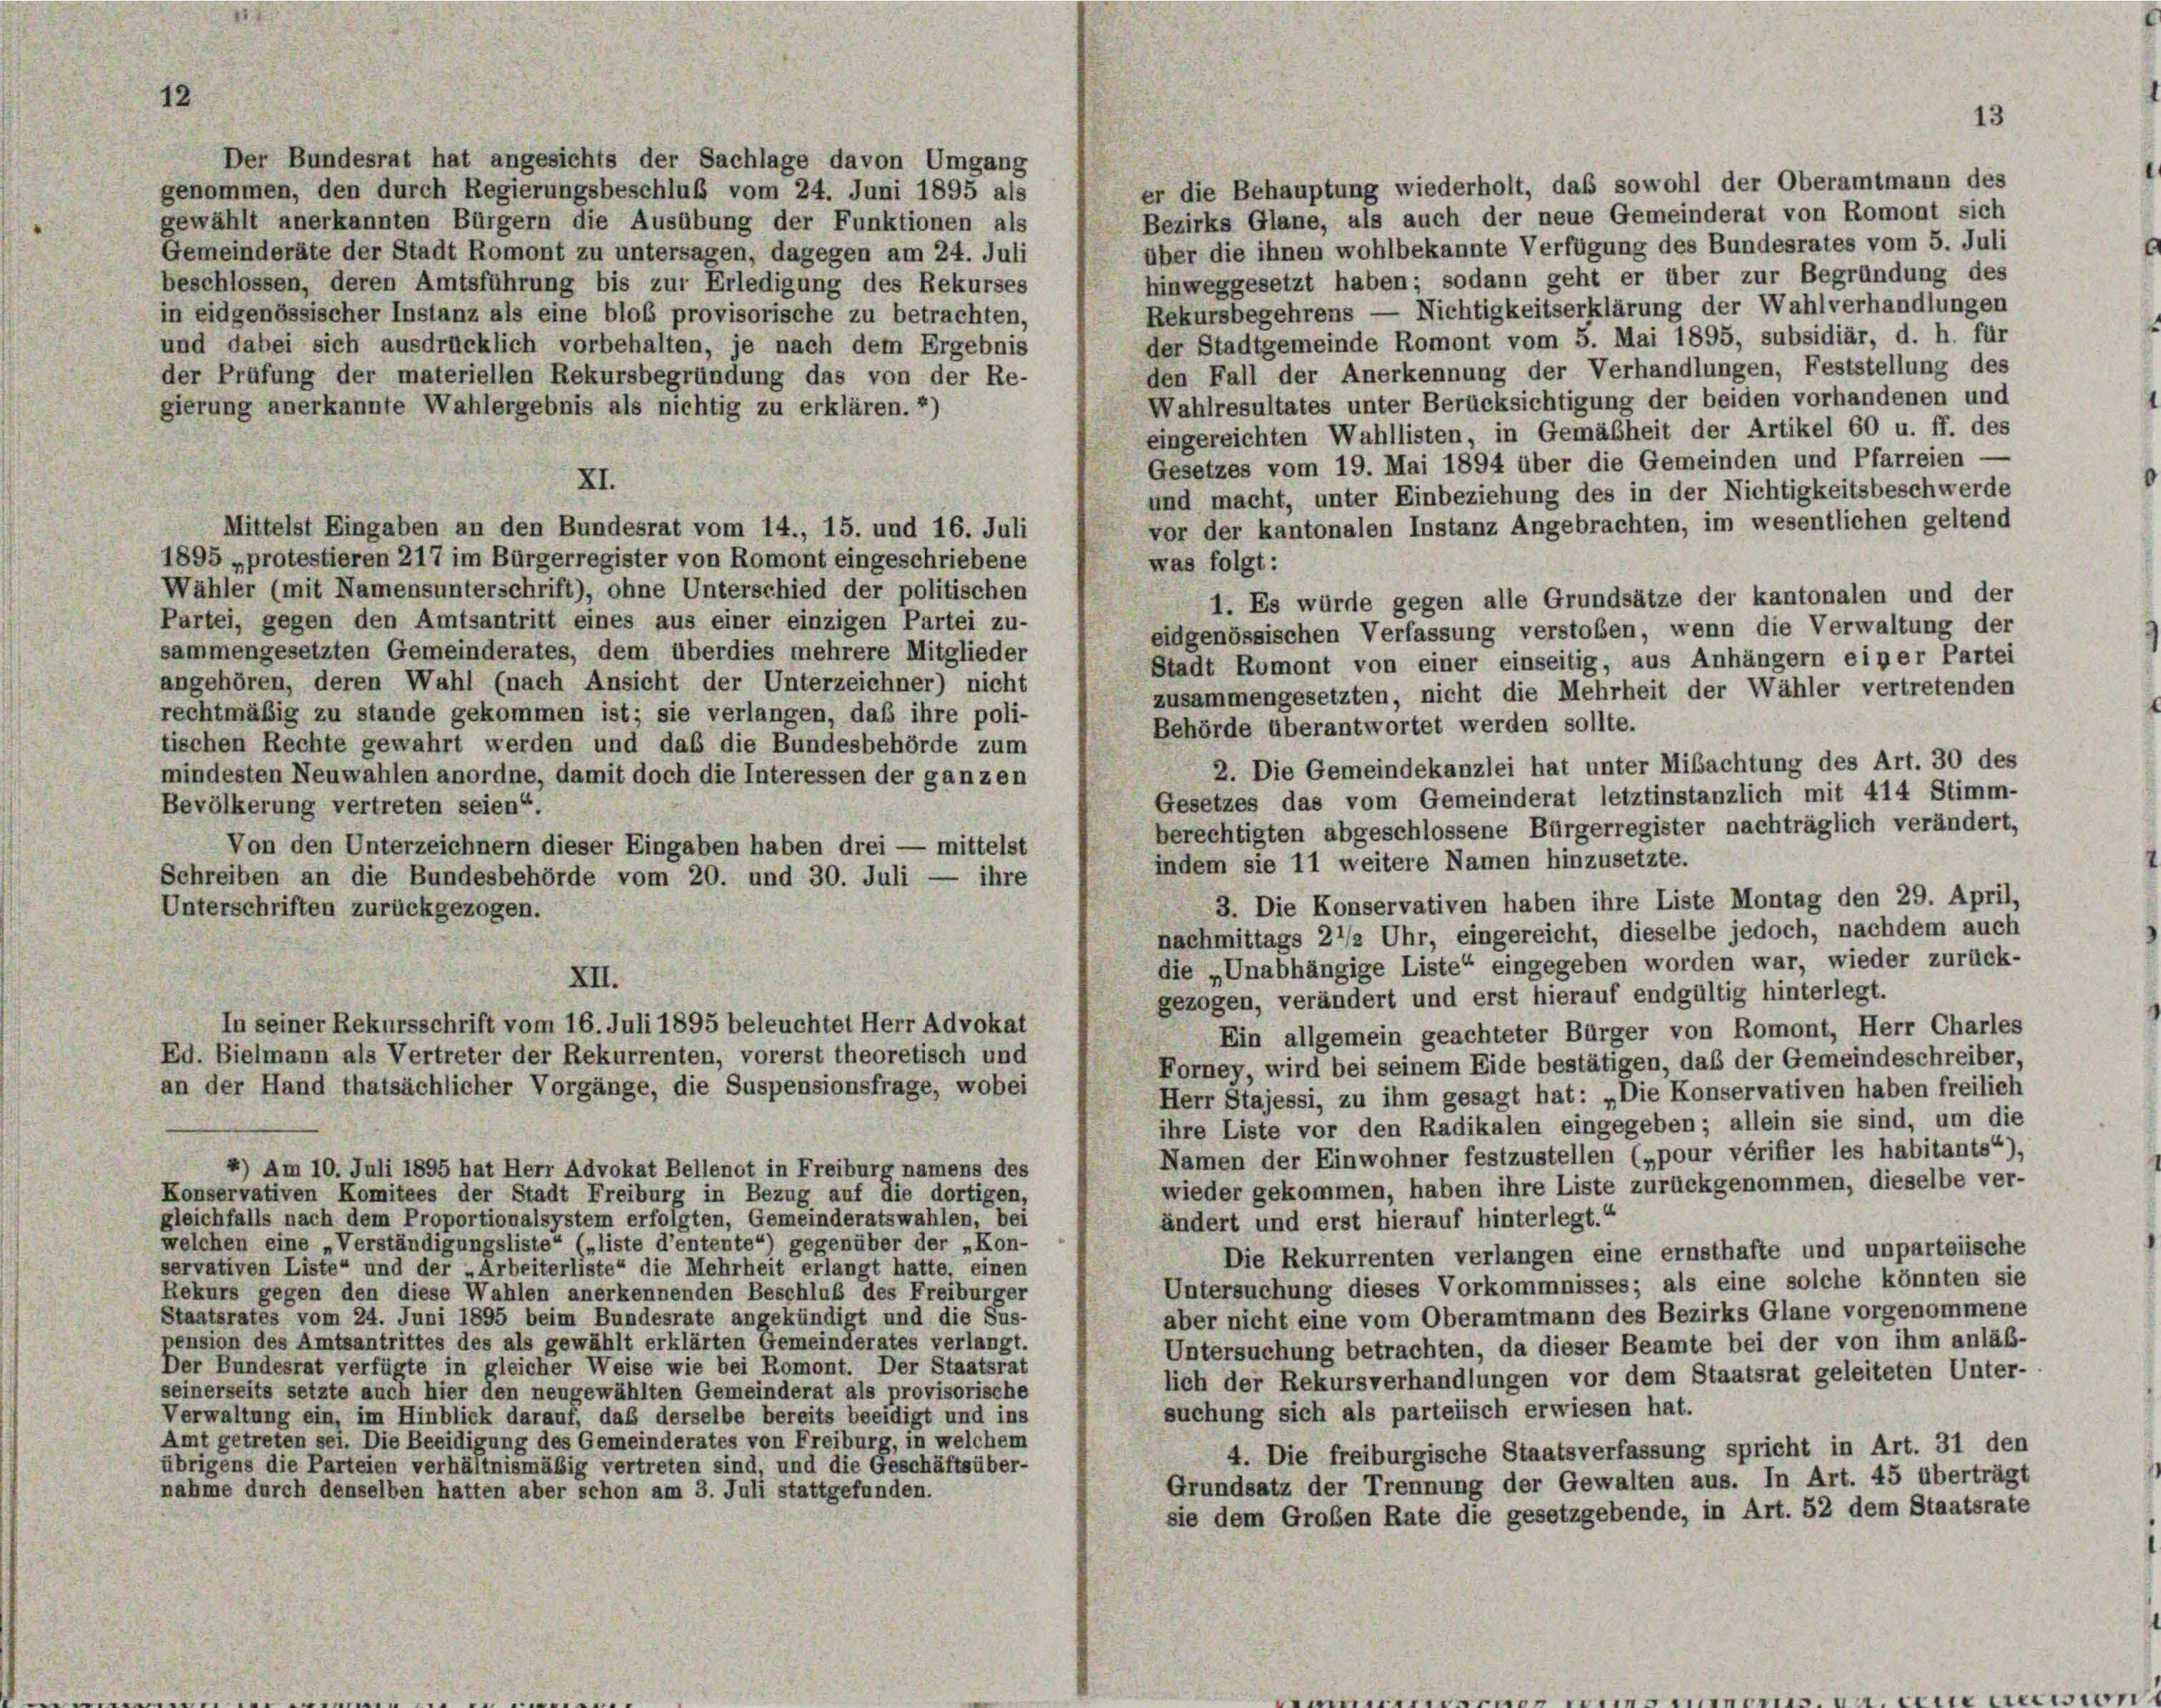
12

Der Bundesrat hat angesichts der Sachlage davon Umgang
er die Behauptung wiederholt, daß sowohl der Oberamtmann des
genommen, den durch Regierungsbeschluß vom 24. Juni 1895 als
Bezirks Glane, als auch der neue Gemeinderat von Romont sich
gewählt anerkannten Bürgern die Ausübung der Funktionen als
über die ihnen wohlbekannte Verfügung des Bundesrates vom 5. Juli
Gemeinderäte der Stadt Romont zu untersagen, dagegen am 24. Juli
hinweggesetzt haben; sodann geht er über zur Begründung des
beschlossen, deren Amtsführung bis zur Erledigung des Rekurses
Rekursbegehrens — Nichtigkeitserklärung der Wahlverhandlungen
in eidgenössischer Instanz als eine bloß provisorische zu betrachten,
der Stadtgemeinde Romont vom 5. Mai 1895, subsidiär, d. h. für
und dabei sich ausdrücklich vorbehalten, je nach dem Ergebnis
den Fall der Anerkennung der Verhandlungen, Feststellung des
der Prüfung der materiellen Rekursbegründung das von der Re-
Wahlresultates unter Berücksichtigung der beiden vorhandenen und
gierung anerkannte Wahlergebnis als nichtig zu erklären. *)
eingereichten Wahllisten, in Gemäßheit der Artikel 60 u. ff. des
Gesetzes vom 19. Mai 1894 über die Gemeinden und Pfarreien —
XI.
und macht, unter Einbeziehung des in der Nichtigkeitsbeschwerde
vor der kantonalen Instanz Angebrachten, im wesentlichen geltend
Mittelst Eingaben an den Bundesrat vom 14., 15. und 16. Juli
1895 „protestieren 217 im Bürgerregister von Romont eingeschriebene
was folgt:
Wähler (mit Namensunterschrift), ohne Unterschied der politischen
1. Es würde gegen alle Grundsätze der kantonalen und der
Partei, gegen den Amtsantritt eines aus einer einzigen Partei zu-
eidgenössischen Verfassung verstoßen, wenn die Verwaltung der
sammengesetzten Gemeinderates, dem überdies mehrere Mitglieder
Stadt Romont von einer einseitig, aus Anhängern einer Partei
angehören, deren Wahl (nach Ansicht der Unterzeichner) nicht
zusammengesetzten, nicht die Mehrheit der Wähler vertretenden
rechtmäßig zu stande gekommen ist; sie verlangen, daß ihre poli-
Behörde überantwortet werden sollte.
tischen Rechte gewahrt werden und daß die Bundesbehörde zum
2. Die Gemeindekanzlei hat unter Mibachtung des Art. 30 des
mindesten Neuwahlen anordne, damit doch die Interessen der ganzen
Gesetzes das vom Gemeinderat letztinstanzlich mit 414 Stimm-
Bevölkerung vertreten seien“.
berechtigten abgeschlossene Bürgerregister nachträglich verändert,
Von den Unterzeichnern dieser Eingaben haben drei — mittelst
indem sie 11 weitere Namen hinzusetzte.
Schreiben an die Bundesbehörde vom 20. und 30. Juli — ihre
3. Die Konservativen haben ihre Liste Montag den 29. April,
Unterschriften zurückgezogen.
nachmittags 2 1/2 Uhr, eingereicht, dieselbe jedoch, nachdem auch
die „Unabhängige Liste“ eingegeben worden war, wieder zurück-
XII.
gezogen, verändert und erst hierauf endgültig hinterlegt.
In seiner Rekursschrift vom 16. Juli 1895 beleuchtet Herr Advokat
Ein allgemein geachteter Bürger von Romont, Herr Charles
Ed. Bielmann als Vertreter der Rekurrenten, vorerst theoretisch und
Forney, wird bei seinem Eide bestätigen, daß der Gemeindeschreiber
an der Hand thatsächlicher Vorgänge, die Suspensionsfrage, wobei
Herr Stajessi, zu ihm gesagt hat: „Die Konservativen haben freilich
ihre Liste vor den Radikalen eingegeben; allein sie sind, um die
Namen der Einwohner festzustellen („pour vérifier les habitants“),
4) Am 10. Juli 1895 hat Herr Advokat Bellenot in Freiburg namens des
wieder gekommen, haben ihre Liste zurückgenommen, dieselbe ver-
Konservativen Komitees der Stadt Freiburg in Bezug auf die dortigen,
gleichfalls nach dem Proportionalsystem erfolgten, Gemeinderatswahlen, bei
ändert und erst hierauf hinterlegt.“
welchen eine „Verständigungsliste“ („liste d’entente“) gegenüber der „Kon-
Die Rekurrenten verlangen eine ernsthafte und unparteiische
servativen Liste“ und der „Arbeiterliste“ die Mehrheit erlangt hatte, einen
Untersuchung dieses Vorkommnisses; als eine solche könnten sie
Rekurs gegen den diese Wahlen anerkennenden Beschluß des Freiburger
aber nicht eine vom Oberamtmann des Bezirks Glane vorgenommen,
Staatsrates vom 24. Juni 1895 beim Bundesrate angekündigt und die Sus-
pension des Amtsantrittes des als gewählt erklärten Gemeinderates verlangt.
Untersuchung betrachten, da dieser Beamte bei der von ihm anläß
Der Bundesrat verfügte in gleicher Weise wie bei Romont. Der Staatsrat
lich der Rekursverhandlungen vor dem Staatsrat geleiteten Unter-
seinerseits setzte auch hier den neugewählten Gemeinderat als provisorische
suchung sich als parteiisch erwiesen hat.
Verwaltung ein, im Hinblick darauf, daß derselbe bereits beeidigt und ins
Amt getreten sei. Die Beeidigung des Gemeinderates von Freiburg, in welchem
4. Die freiburgische Staatsverfassung spricht in Art. 31 der
übrigens die Parteien verhältnismäßig vertreten sind, und die Geschäftsüber-
Grundsatz der Trennung der Gewalten aus. In Art. 45 überträgt
nahme durch denselben hatten aber schon am 3. Juli stattgefunden.
sie dem Großen Rate die gesetzgebende, in Art. 52 dem Staatsrat

13